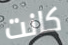
كانت